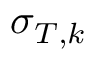
\sigma _ { T , k }